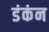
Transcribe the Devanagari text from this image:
डंकंन